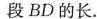
段 BD 的长.